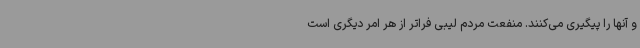
و آنها را پیگیری می‌کنند. منفعت مردم لیبی فراتر از هر امر دیگری است